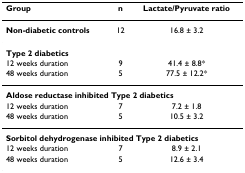
<table><thead><tr><td><b>Group</b></td><td><b>n</b></td><td><b>Lactate/Pyruvate ratio</b></td></tr></thead><tbody><tr><td><b>Non-diabetic controls</b></td><td>12</td><td>16.8 ± 3.2</td></tr><tr><td colspan="3"><b>Type 2 diabetics</b></td></tr><tr><td>12 weeks duration</td><td>9</td><td>41.4 ± 8.8*</td></tr><tr><td>48 weeks duration</td><td>5</td><td>77.5 ± 12.2*</td></tr><tr><td colspan="3"><b>Aldose reductase inhibited Type 2 diabetics</b></td></tr><tr><td>12 weeks duration</td><td>7</td><td>7.2 ± 1.8</td></tr><tr><td>48 weeks duration</td><td>5</td><td>10.5 ± 3.2</td></tr><tr><td colspan="3"><b>Sorbitol dehydrogenase inhibited Type 2 diabetics</b></td></tr><tr><td>12 weeks duration</td><td>7</td><td>8.9 ± 2.1</td></tr><tr><td>48 weeks duration</td><td>5</td><td>12.6 ± 3.4</td></tr></tbody></table>